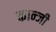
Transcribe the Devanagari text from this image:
कान्जी